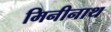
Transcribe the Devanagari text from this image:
मिनीनाथ